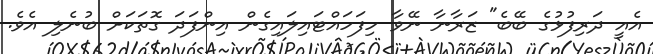
އެއީ ދަރިފުޅުގެ ބޭބެ" ޒަރާނާ ނޭވާ ހިފަހައްޓައިލައިގެން އިންފަދަ ގޮތަކަށް ބުނެލި އެވެ.